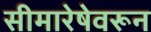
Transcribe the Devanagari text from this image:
सीमारेषेवरून